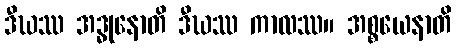
ဒီဃဿ အဒ္ဓုနောတိ ဒီဃဿ ကာလဿ။ အစ္စယေနာတိ